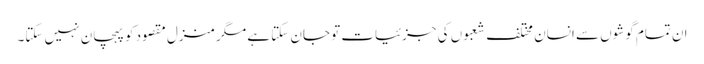
ان تمام گوشوں سے انسان مختلف شعبوں کی جزئیات تو جان سکتا ہے مگر منزلِ مقصود کو پہچان نہیں سکتا۔